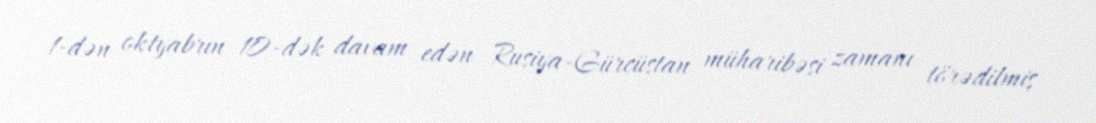
1-dən oktyabrın 10-dək davam edən Rusiya-Gürcüstan müharibəsi zamanı törədilmiş